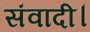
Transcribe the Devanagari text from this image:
संवादी।